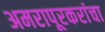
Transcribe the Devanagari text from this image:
अमरापूरकरांचा